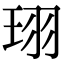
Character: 珝